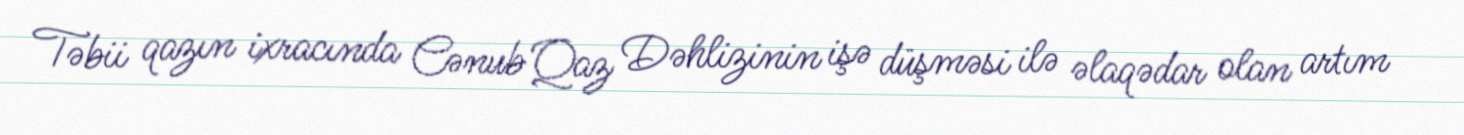
Təbii qazın ixracında Cənub Qaz Dəhlizinin işə düşməsi ilə əlaqədar olan artım